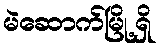
မဲဆောက်မြို့ရှိ